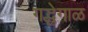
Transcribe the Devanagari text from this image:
गद्धेगाळ